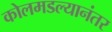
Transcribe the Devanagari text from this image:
कोलमडल्यानंतर